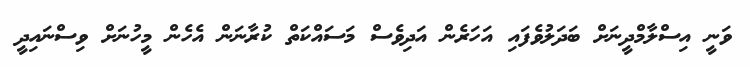
ވަނީ އިސްލާމްދީނަށް ބަދަލުވެފައި އަހަރެން އަދިވެސް މަސައްކަތް ކުރާނަން އެހެން މީހުނަށް ވިސްނައިދީ